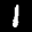
Label: 1